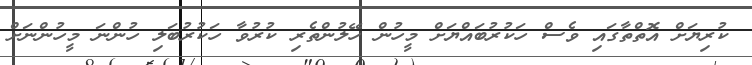
ކުރިޔަށް އޮތްތާގައި ވެސް ހަކުރުބައްޔަށް މީހުން ހޭލުންތެރި ކުރުވާ ހަކުރުބަލި ހުންނަ މީހުންނަށް